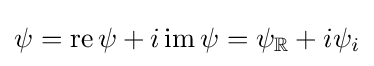
\psi =\operatorname {re} \psi +i\operatorname {im} \psi =\psi _{\mathbb {R} }+i\psi _{i}